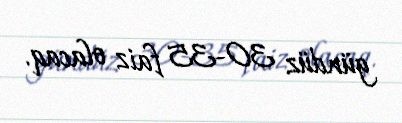
gündüz 30-35 faiz olacaq.